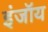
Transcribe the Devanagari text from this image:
इंजॉय